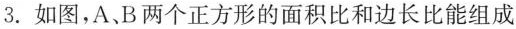
3.如图，A、B两个正方形的面积比和边长比能组成